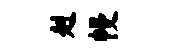
赳幔